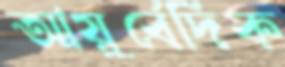
আয়ুর্বেদিক